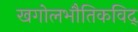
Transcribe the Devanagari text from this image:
खगोलभौतिकविद्